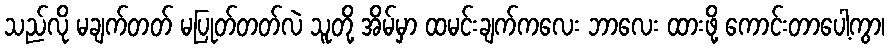
သည်လို မချက်တတ် မပြုတ်တတ်လဲ သူတို့ အိမ်မှာ ထမင်းချက်ကလေး ဘာလေး ထားဖို့ ကောင်းတာပေါ့ကွာ၊